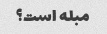
مبله است؟